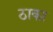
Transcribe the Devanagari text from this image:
ठाका